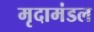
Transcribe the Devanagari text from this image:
मृदामंडल